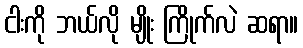
ငါးကို ဘယ်လို မျိုး ကြိုက်လဲ ဆရာ။